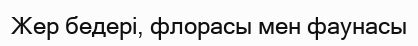
Жер бедері, флорасы мен фаунасы